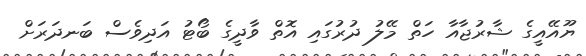
ޔޫއޭއީގެ ޝާރުޖާއާ ހަތް މޭލު ދުރުގައި އޮތް ވާދީގެ ބޯޓު އަދިވެސް ބަނދަރަށް